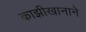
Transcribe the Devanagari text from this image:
काझीखानाने